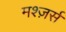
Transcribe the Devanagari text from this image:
मश्ज़र्स